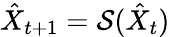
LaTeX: \hat{X}_{t+1}=\mathcal{S}(\hat{X}_{t})